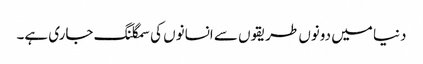
دنیا میں دونوں طریقوں سے انسانوں کی سمگلنگ جاری ہے۔